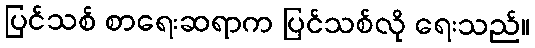
ပြင်သစ် စာရေးဆရာက ပြင်သစ်လို ရေးသည်။